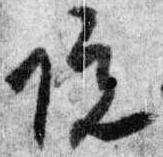
院